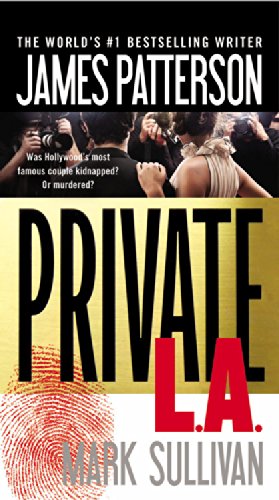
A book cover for Private L.A.; James Patterson; Mystery, Thriller & Suspense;